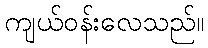
ကျယ်ဝန်းလေသည်။